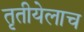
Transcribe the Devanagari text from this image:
तृतीयेलाच